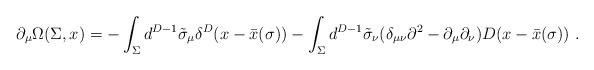
LaTeX: \begin{align*}\partial_{\mu } \Omega (\Sigma ,x) =-\int_{\Sigma } d^{D-1} \tilde{\sigma }_{\mu }\delta^{D} (x-\bar{x} (\sigma ) ) -\int_{\Sigma } d^{D-1} \tilde{\sigma }_{\nu }(\delta_{\mu \nu } \partial^{2} - \partial_{\mu } \partial_{\nu } )D(x-\bar{x} (\sigma ) ) \ .\end{align*}